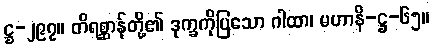
ဋ္ဌ-၂၉၇။ တိရစ္ဆာန်တို့၏ ဒုက္ခကိုပြသော ဂါထာ၊ မဟာနိ-ဋ္ဌ-၆၅။